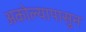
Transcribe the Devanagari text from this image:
अकोल्यापासुन